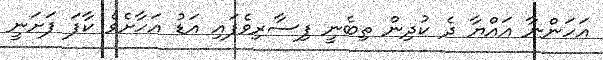
އަހަންނާ އައްޔާ ދެ ކުދިން ތިބެނީ ފިސާރިވެފައި އަޑު އަހާށެވެ ކާފަ ފަށަނީ